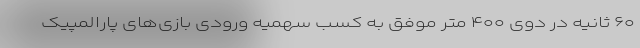
۶۰ ثانیه در دوی ۴۰۰ متر موفق به کسب سهمیه ورودی بازی‌های پارالمپیک